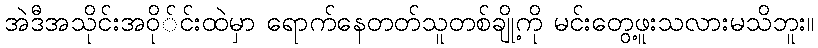
အဲဒီအသိုင်းအဝို်င်းထဲမှာ ရောက်နေတတ်သူတစ်ချို့ကို မင်းတွေ့ဖူးသလားမသိဘူး။